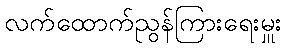
လက်ထောက်ညွန်ကြားရေးမှူး